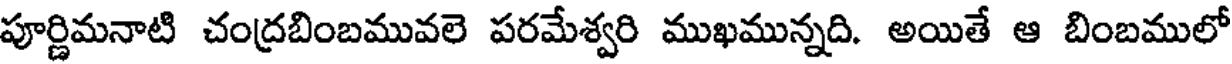
పూర్ణిమనాటి చంద్రబింబమువలె పరమేశ్వరి ముఖమున్నది. అయితే ఆ బింబములో